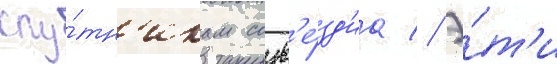
спу́тн'икам созв'е́зд'иа // Э́т'и